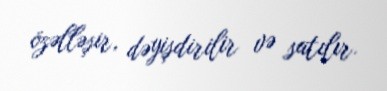
özəlləşir, dəyişdirilir və satılır.